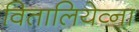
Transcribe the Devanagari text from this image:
वितालियेव्ना